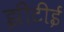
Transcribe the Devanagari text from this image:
झीटीई